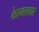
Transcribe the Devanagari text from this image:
काेमलवार